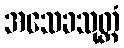
အသေခသုတ္တံ